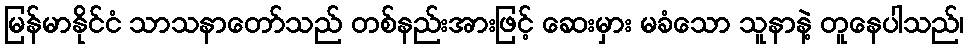
မြန်မာနိုင်ငံ သာသနာတော်သည် တစ်နည်းအားဖြင့် ဆေးမှား မခံသော သူနာနဲ့ တူနေပါသည်၊